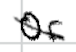
Text: or
Cross-out: diagonal
Writing tool: digital_black